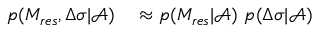
\begin{array} { r l } { p ( M _ { r e s } , \Delta \sigma | \mathcal { A } ) } & { { } \approx p ( M _ { r e s } | \mathcal { A } ) ~ p ( \Delta \sigma | \mathcal { A } ) } \end{array}